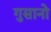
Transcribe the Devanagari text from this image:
गुसानो